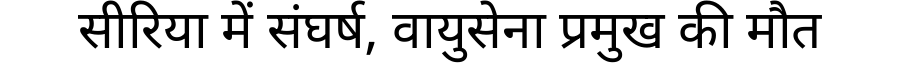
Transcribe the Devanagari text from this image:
सीरिया में संघर्ष, वायुसेना प्रमुख की मौत